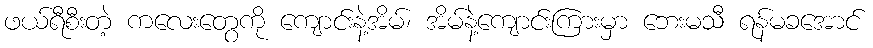
ဖယ်ရီစီးတဲ့ ကလေးတွေကို ကျောင်းနဲ့အိမ်၊ အိမ်နဲ့ကျောင်းကြားမှာ ဘေးမသီ ရန်မခအောင်